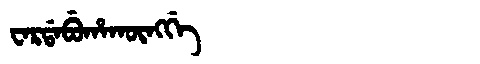
Manchu: ᠸᠠᡵᡩᠠᠪᡠᡥᠠᡴᡡᠩᡤᡝ
Romanization: WARDABUHAKŪNGGE